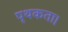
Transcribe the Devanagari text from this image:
पृथकता।